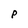
Character: P